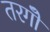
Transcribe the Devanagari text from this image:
तरगोँ